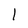
Character: l